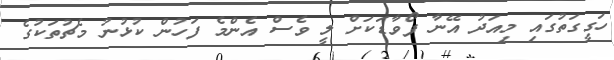
ހަގީގަތުގައި މިއަދު އޭނާ ފޯވާޑަކަށް ލީ ވެސް އެންމެ ފަހުން ކުޅުނު މެޗުތަކުގެ